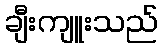
ချီးကျူးသည်